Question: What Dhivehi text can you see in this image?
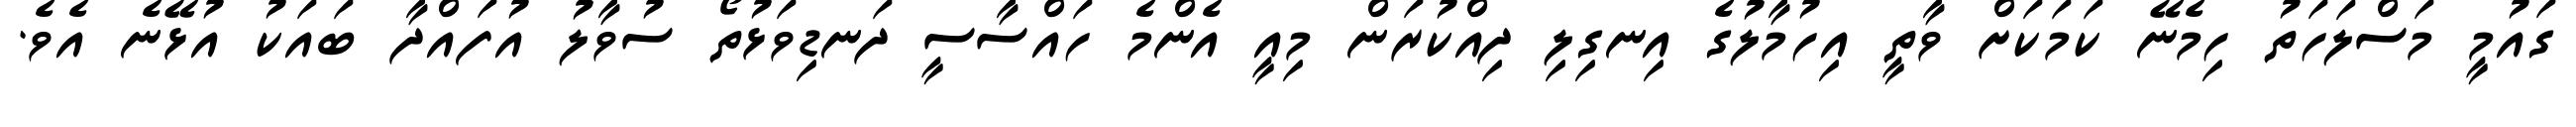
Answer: ގައުމީ މަސްލަހަތު ހިމެނޭ ކަމަކަށް ވާތީ އިހުމާލުގެ އިނގިލި ދިއްކުރަން މިއީ އެންމެ ހައްސާސީ ދަނޑިވަޅުތޯ ސުވާލު އުފައްދާ ބައަކު އުޅޭނެ އެވެ.